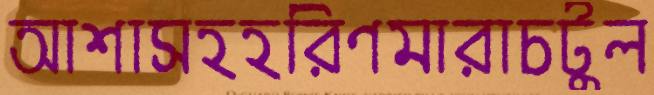
আশাসহহরিণমারাচটুল